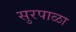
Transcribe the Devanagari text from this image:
सुरपाळा